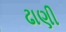
ઢાણી